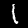
Digit: 1